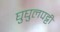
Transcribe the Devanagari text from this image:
घुघुलपट्टी